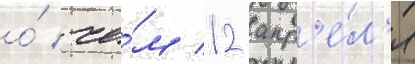
о́ че́м 12 апр'е́л'я